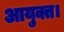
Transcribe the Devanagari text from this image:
आयुक्त।